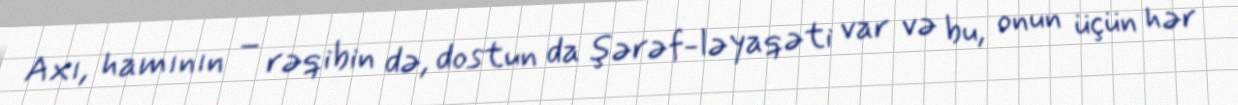
Axı, hamının – rəqibin də, dostun da şərəf-ləyaqəti var və bu, onun üçün hər